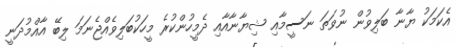
އެކަމަކު ޔާނާ ބަލިވުން ނުވަތަ ނަސީމާއި ޝިޔާނާއާއި ދެމީހުންކުރެ މީހަކުބަލިވެއްޖެނަމަ ލިބޭ އާއްމުދަނީ